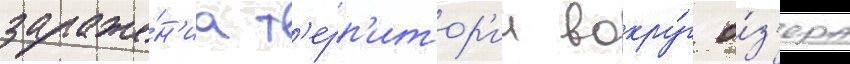
зараже́н'иа т'ерр'итор'ии вокру́г о́з'ера